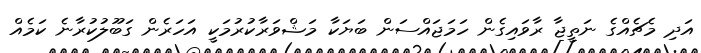
އަދި މެޗެއްގެ ނަތީޖާ ރާވައިގެން ހަމަޖައްސަން ބަޔަކާ މަޝްވަރާކުރުމަކީ އަހަރެން ގަބޫލުކުރާނެ ކަމެއް